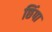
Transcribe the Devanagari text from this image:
छिंपा